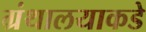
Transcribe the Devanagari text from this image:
ग्रंथालयाकडे